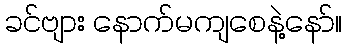
ခင်ဗျား နောက်မကျစေနဲ့နော်။